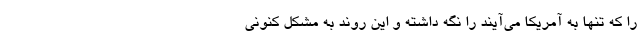
را که تنها به آمریکا می‌آیند را نگه داشته و این روند به مشکل کنونی